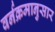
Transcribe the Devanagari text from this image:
वर्नक्रमानुसार